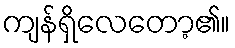
ကျန်ရှိလေတော့၏။